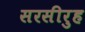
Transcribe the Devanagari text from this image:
सरसीरुह